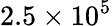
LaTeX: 2.5\times 10^{5}